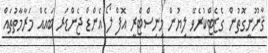
ޤާނޫނީގޮތުން ގެޒެޓްކުރެވޭ ލިޔުން މިނިސްޓްރީ އޮފް ލޯ އެންޑް ޖެންޑަރ ބައެއް މަރާމާތުތައް